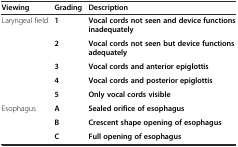
| Viewing | Grading | Description |
 | --- | --- | --- |
 | Laryngeal field | 1 | Vocal cords not seen and device functions inadequately |
 |  | 2 | Vocal cords not seen but device functions adequately |
 |  | 3 | Vocal cords and anterior epiglottis |
 |  | 4 | Vocal cords and posterior epiglottis |
 |  | 5 | Only vocal cords visible |
 | Esophagus | A | Sealed orifice of esophagus |
 |  | B | Crescent shape opening of esophagus |
 |  | C | Full opening of esophagus |